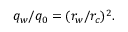
q _ { w } / q _ { 0 } = ( r _ { w } / r _ { c } ) ^ { 2 } .